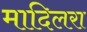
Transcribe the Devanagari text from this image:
मादिलरा